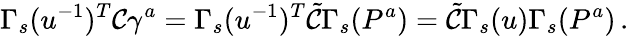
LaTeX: \Gamma_{s}(u^{-1})^{T}\mathcal{C}\gamma^{a}=\Gamma_{s}(u^{-1})^{T}\tilde{\mathcal{C}}\Gamma_{s}(P^{a})=\tilde{\mathcal{C}}\Gamma_{s}(u)\Gamma_{s}(P^{a})\, .